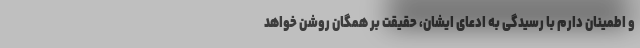
و اطمینان دارم با رسیدگی به ادعای ایشان، حقیقت بر همگان روشن خواهد